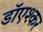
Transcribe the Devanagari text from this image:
डाॅएश्कर